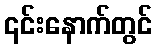
၎င်းနောက်တွင်